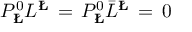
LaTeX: P _ { { \bf \L } } ^ { 0 } L ^ { { \bf \L } } \, = \, P _ { { \bf \L } } ^ { 0 } { \bar { L } } ^ { { \bf \L } } \, = \, 0